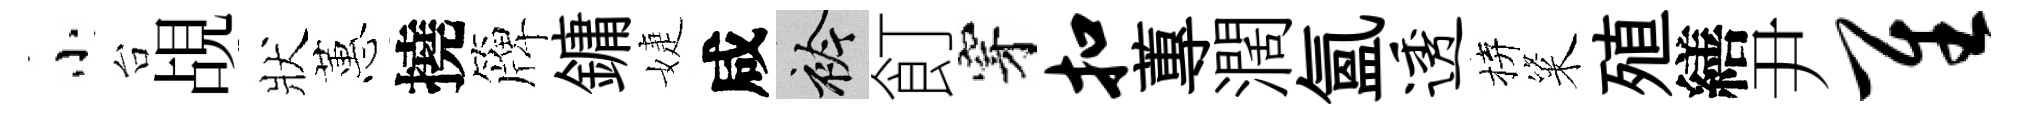
小台覘狀蕙撓簰鏞婕咸衿飣穿扣蓴濶氳透拚粢殖繕尹隹